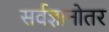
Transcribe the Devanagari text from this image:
सर्वज्ञानोतर